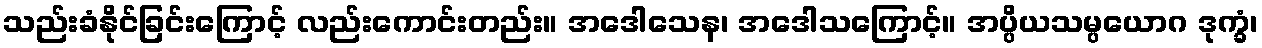
သည်းခံနိုင်ခြင်းကြောင့် လည်းကောင်းတည်း။ အဒေါသေန၊ အဒေါသကြောင့်။ အပ္ပိယသမ္ပယောဂ ဒုက္ခံ၊